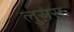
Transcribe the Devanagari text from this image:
लुसंस